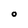
Character: o